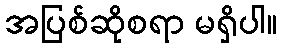
အပြစ်ဆိုစရာ မရှိပါ။